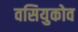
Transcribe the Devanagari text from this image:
वसियुकोव